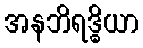
အနဘိရဒ္ဓိယာ